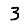
Digit: 3